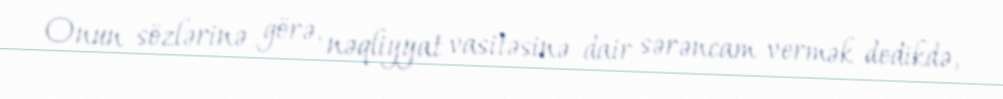
Onun sözlərinə görə, nəqliyyat vasitəsinə dair sərəncam vermək dedikdə,